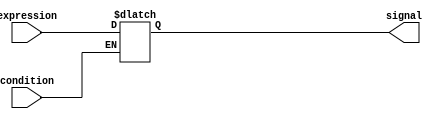
module behavioral_modeling_block (
    input wire condition,
    input wire [7:0] expression,
    output reg [7:0] signal 
);

always @* begin
    if (condition) begin
        signal <= expression;
    end
end

endmodule